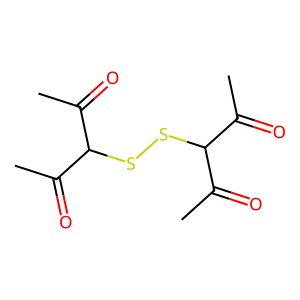
SMILES: CC(=O)C(SSC(C(C)=O)C(C)=O)C(C)=O
Inhibits HIV replication: No